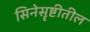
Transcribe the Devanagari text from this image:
सिनेसॄष्टीतील